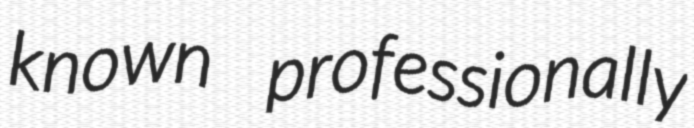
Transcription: known professionally